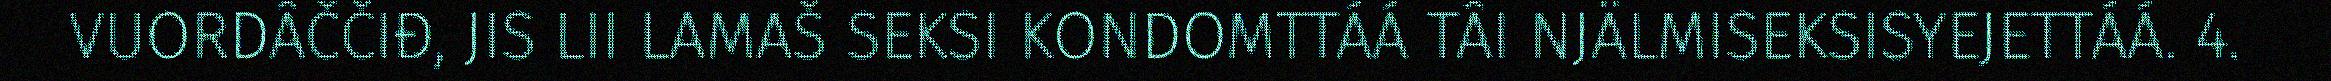
VUORDÂČČIĐ, JIS LII LAMAŠ SEKSI KONDOMTTÁÁ TÂI NJÄLMISEKSISYEJETTÁÁ. 4.